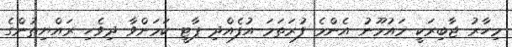
މިހާރު ޖާބިރަކީ މައުމޫނު އެންމެ ފުރަތަމަ އުފެއްދި ޕާޓީ ކަމަށްވާ ދިވެހި ރައްޔިތުންގެ